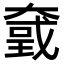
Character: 𡙮